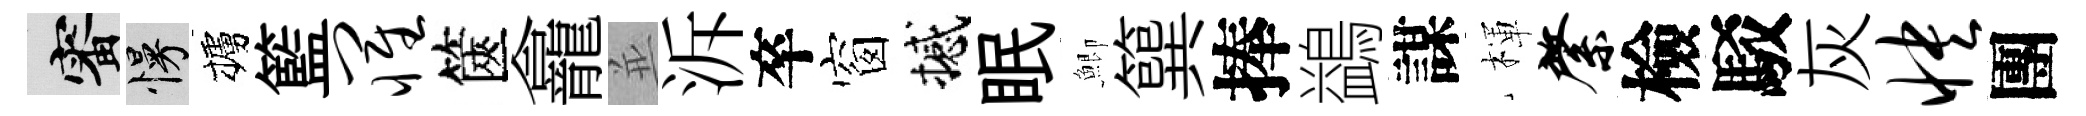
審慢櫨籃罹篋龕並泝卒窗撼眠鯽簨捧鷁謀楎綮檢駁灰怏團